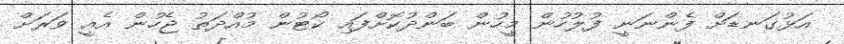
އަޅުގަނޑަށް ފެންނަނީ ފުލުހުން މީހުން ބަންދުކޮށްފައި ކޯޓުން މުއްދަތު ޖެހުން އެއީ ވަރަށް